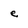
Character: e